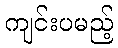
ကျင်းပမည့်